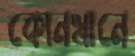
কোনখানে